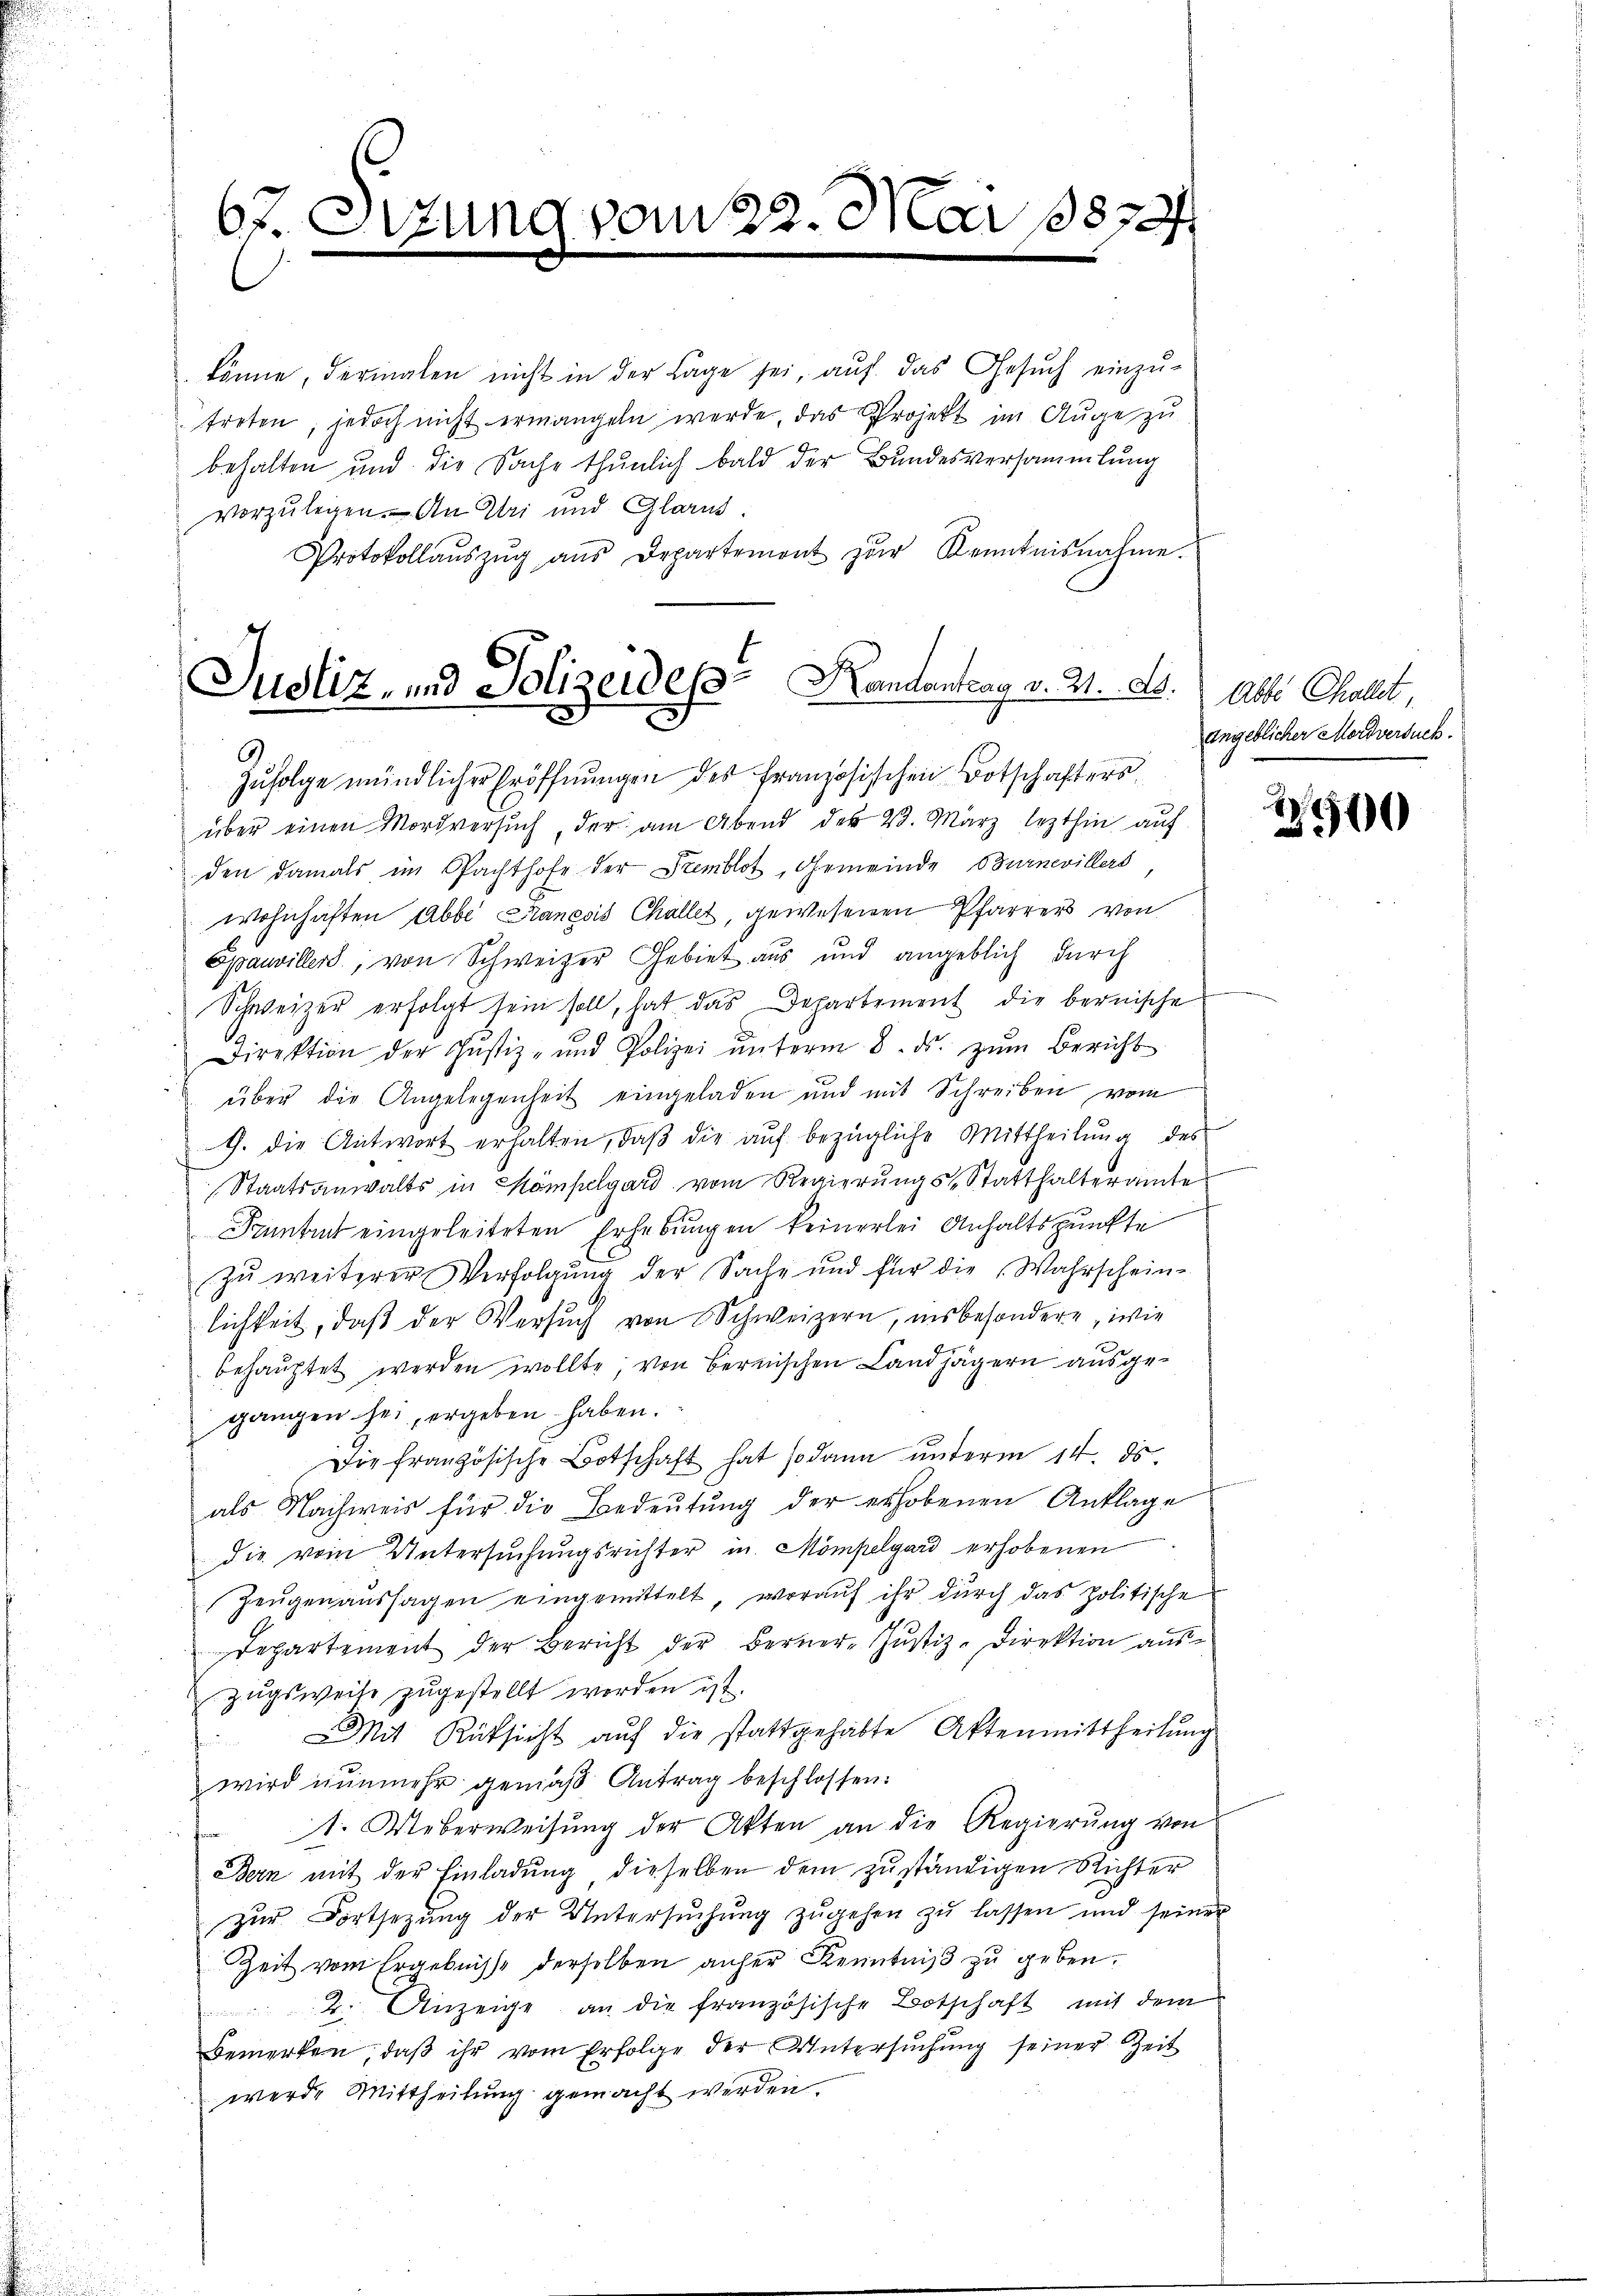
67. Sitzung vom 22. Mai 1872

könne, dermalen nicht in der Lage sei, auf das Gesuch einzu-
treten, jedoch nicht ermangeln werde, das Projekt im Auge zu
behalten und die Sache thunlich bald der Bundesversammlung
vorzulegen. An Uri und Glarus
Protokollaŭszŭg aŭs Departement zŭr Kenntnisnahme.
Justiz, und Polizeides Kandantrag v. 21. A. Alle Cholet,

den damals im Pachthofe der Semblot, Gemeinde Burnevillers
wohnhaften Abbe Planesis Challet, gewesenen Pfarrers von
Spauviller, von Schweizer Gebiet aus und angeblich durch
Schweizer erfolgt sein soll, hat das Departement die bernische
Direktion der Justiz- und Polizei ŭnterm 8. ds. zŭm Bericht
über die Angelegenheit eingeladen und mit Schreiben vom
G. die Antwort erhalten, daβ die aŭf bezügliche Mittheilŭng des
Staatsanwalts in Kompelgard vom Regierŭngs-Statthalteramte
Tantit eingeleiteten Erhebungen keinerlei Anhaltspunkte
zu weiterer Verfolgung der Sache und für die Wahrscheine
lichkeit, daß der Versuch von Schweizern, insbesondere, wie
behauptet werden wollte; von Bernischen Landjägern ausgegangen sei, ergeben haben.
Die französische Botschaft hat sodann unterm 14. ds.
als Nachweis für die Bedeutung der erhobenen Anklage
die vom Untersuchungsrichter in Mompelgard erhobenen
Zeŭgenaŭssagen eingemittelt, woraŭf ihr dŭrch das politische
Departement der Bericht der Berner-Justiz-Direktion aus-
zugsweise zugestellt worden ist.
s
Mit Rüksicht aŭf die stattgehabte Aktenmittheilŭng
wird nunmehr gemäß Antrag beschlossen:
 1. Ueberweisŭng der Akten an die Regierŭng von
Bern mit der Einladŭng dieselben dem zuständigen Richter
zur Fortsetzung der Untersŭchŭng zŭgehen zu lassen und seiner
Zeit vom Ergebnisse derselben anher Kenntniß zu geben.
2. Anzeige an die französische Botschaft mit dem
bemerken, daß ihr vom Erfolge der Untersuchung seiner Zeit
werde Mittheilung gemacht werden.

1
Zŭfolge mündlicher Eröffnungen des Französischen Botschafters
über einen Mordversŭch, der am Abend der 4. März lezthin auf

angeblicher Mordversuch.

2500